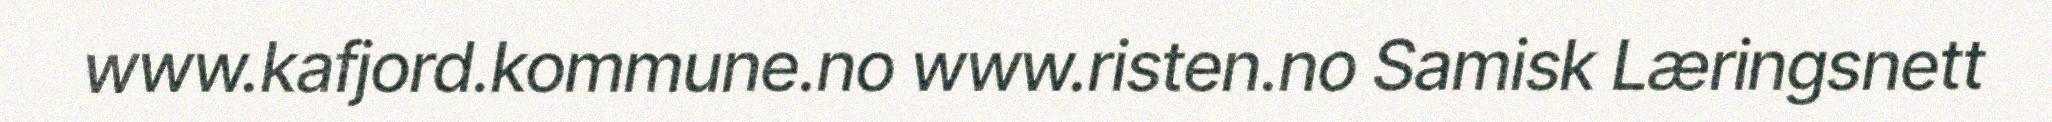
www.kafjord.kommune.no www.risten.no Samisk Læringsnett